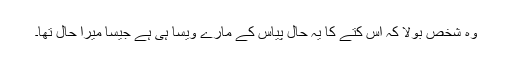
وہ شخص بولا کہ اس کتے کا یہ حال پیاس کے مارے ویسا ہی ہے جیسا میرا حال تھا۔